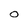
Character: O